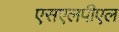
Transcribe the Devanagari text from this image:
एसएलपीएल